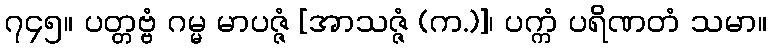
၇၄၅။ ပတ္တဗ္ဗံ ဂမ္မ မာပဇ္ဇံ [အာသဇ္ဇံ (က.)]၊ ပက္ကံ ပရိဏတံ သမာ။